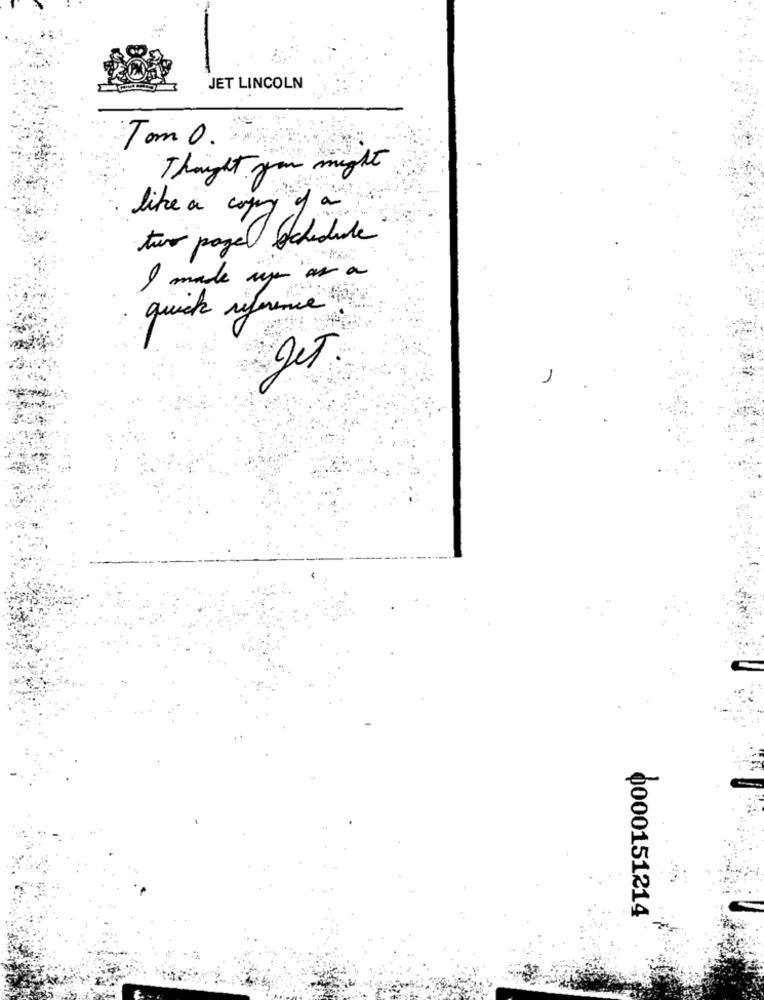
JET LINCOLN
Tom O.
Thought you might
like a copy
two pagel ochedide
I make up as a
quick reference
0000151214